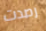
رصدت